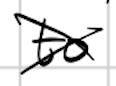
Text: to
Cross-out: cross
Writing tool: digital_black